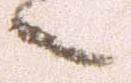
々